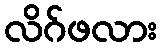
လိဂ်ဖလား